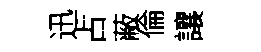
迅占蔽倫讓